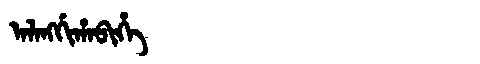
Manchu: ᠠᠯᠠᠩᡤᡳᡥᠠᠪᡳᡥᡝ
Romanization: ALANGGIHABIHE